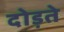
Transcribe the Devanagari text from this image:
दोड़ते